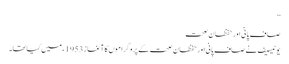
‘‘
صاف پانی اور حفظان صحت
یونیسیف نے صاف پانی اور حفظان صحت کے پروگراموں کا آغاز 1953ء میں کیا تھا۔